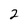
Character: 2